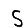
Digit: 5